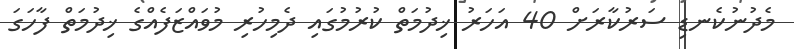
މެދުނުކެނޑި ސަަރުކާރަށް 40 އަހަރު ޚިދުމަތް ކުރުމުގައި ދެމިހުރި މުވައްޒަފެއްގެ ޚިދުމަތް ފާހަގަ